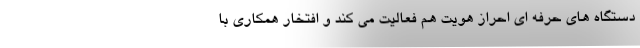
دستگاه های حرفه ای احراز هویت هم فعالیت می کند و افتخار همکاری با